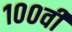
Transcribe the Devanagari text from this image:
१००वी